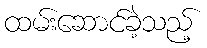
ထမ်းဆောင်ခဲ့သည့်